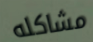
مشاكله